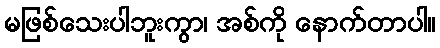
မဖြစ်သေးပါဘူးကွာ၊ အစ်ကို နောက်တာပါ။